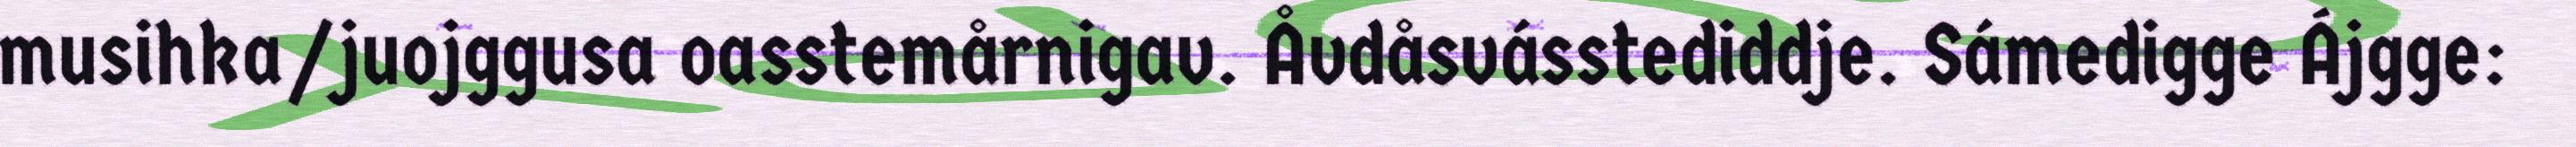
musihka/juojggusa oasstemårnigav. Åvdåsvásstediddje. Sámedigge Ájgge: